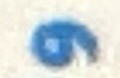
و